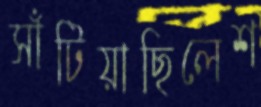
সাঁটিয়াছিলেশ